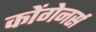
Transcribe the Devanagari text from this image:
कोंगेनर्स